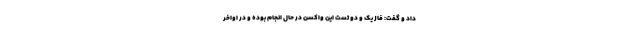
داد و گفت: فاز یک و دو تست این واکسن در حال انجام بوده و در اواخر